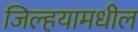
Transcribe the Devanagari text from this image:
जिल्हयामधील